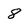
Character: 8